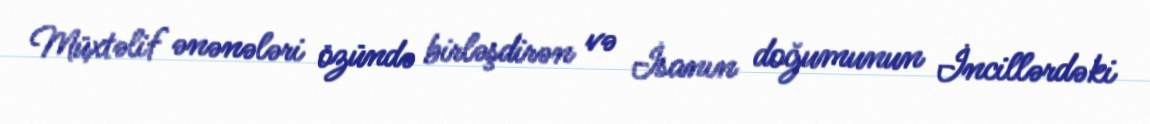
Müxtəlif ənənələri özündə birləşdirən və İsanın doğumunun İncillərdəki